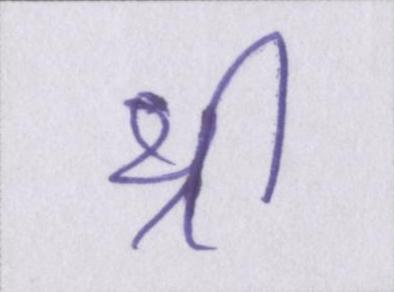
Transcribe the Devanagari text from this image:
थ्री